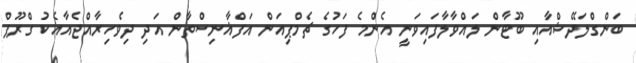
ބަންގްލަދޭޝްއާއި ބޫޓާން ލައްވާލާފައިވަނީ އެންމެ ފަހުގެ ޗެމްޕިއަން އަފްޣާނިސްތާން އަދި ދިވެހިރާއްޖެއާއެކު ގްރޫޕް